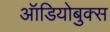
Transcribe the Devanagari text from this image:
ऑडियोबुक्स